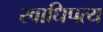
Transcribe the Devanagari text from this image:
स्वाधिपत्य